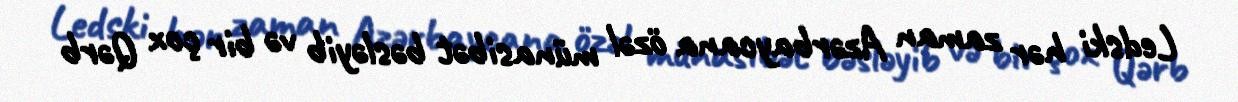
Ledski hər zaman Azərbaycana özəl münasibət bəsləyib və bir çox Qərb